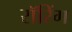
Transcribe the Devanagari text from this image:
रॉरिंग